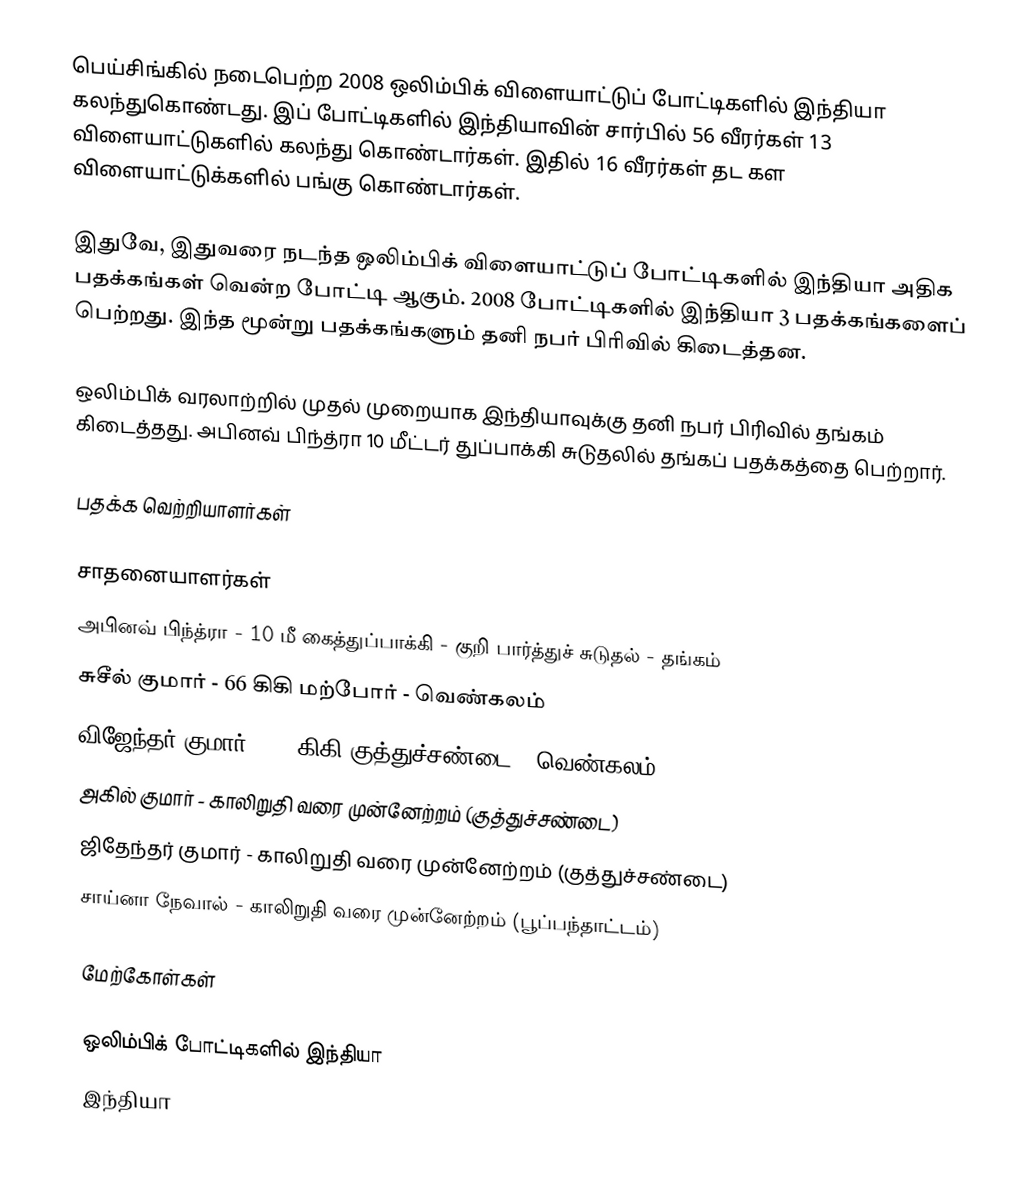
பெய்சிங்கில் நடைபெற்ற 2008 ஒலிம்பிக் விளையாட்டுப் போட்டிகளில் இந்தியா கலந்துகொண்டது. இப் போட்டிகளில் இந்தியாவின் சார்பில் 56 வீரர்கள் 13 விளையாட்டுகளில் கலந்து கொண்டார்கள். இதில் 16 வீரர்கள் தட கள விளையாட்டுக்களில் பங்கு கொண்டார்கள்.

இதுவே, இதுவரை நடந்த ஒலிம்பிக் விளையாட்டுப் போட்டிகளில் இந்தியா அதிக பதக்கங்கள் வென்ற போட்டி ஆகும். 2008 போட்டிகளில் இந்தியா 3 பதக்கங்களைப் பெற்றது. இந்த மூன்று பதக்கங்களும் தனி நபர் பிரிவில் கிடைத்தன.

ஒலிம்பிக் வரலாற்றில் முதல் முறையாக இந்தியாவுக்கு தனி நபர் பிரிவில் தங்கம் கிடைத்தது. அபினவ் பிந்த்ரா 10 மீட்டர் துப்பாக்கி சுடுதலில் தங்கப் பதக்கத்தை பெற்றார்.

பதக்க வெற்றியாளர்கள்

சாதனையாளர்கள்
 அபினவ் பிந்த்ரா - 10 மீ கைத்துப்பாக்கி - குறி பார்த்துச் சுடுதல் - தங்கம்
 சுசீல் குமார் - 66 கிகி மற்போர் - வெண்கலம்
 விஜேந்தர் குமார் - 75 கிகி குத்துச்சண்டை - வெண்கலம்
 அகில் குமார் - காலிறுதி வரை முன்னேற்றம் (குத்துச்சண்டை)
 ஜிதேந்தர் குமார் - காலிறுதி வரை முன்னேற்றம் (குத்துச்சண்டை)
 சாய்னா நேவால் - காலிறுதி வரை முன்னேற்றம் (பூப்பந்தாட்டம்)

மேற்கோள்கள்

ஒலிம்பிக் போட்டிகளில் இந்தியா
இந்தியா